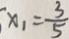
x _ { 1 } = \frac { 3 } { 5 }